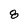
Character: 8